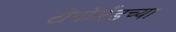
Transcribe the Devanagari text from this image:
टोगोलँडच्या